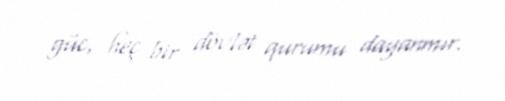
güc, heç bir dövlət qurumu dayanmır.